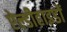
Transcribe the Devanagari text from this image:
ऐल्डीहाइडों